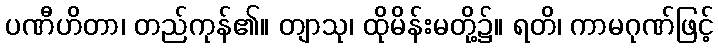
ပဏီဟိတာ၊ တည်ကုန်၏။ တျာသု၊ ထိုမိန်းမတို့၌။ ရတိ၊ ကာမဂုဏ်ဖြင့်